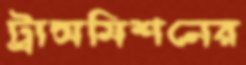
ট্রান্সমিশনের